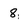
Character: 8